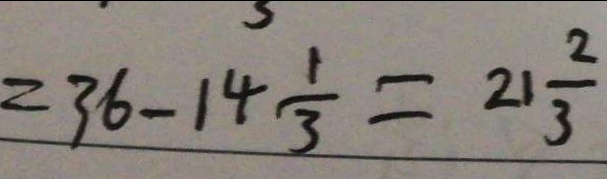
= 3 6 - 1 4 \frac { 1 } { 3 } = 2 1 \frac { 2 } { 3 }